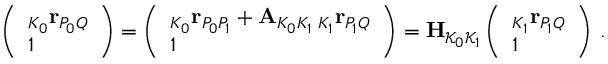
\left( \begin{array} { l } { _ { K _ { 0 } } \mathbf r _ { P _ { 0 } Q } } \\ { 1 } \end{array} \right) = \left( \begin{array} { l } { _ { K _ { 0 } } \mathbf r _ { P _ { 0 } P _ { 1 } } + \mathbf A _ { K _ { 0 } K _ { 1 } } \, _ { K _ { 1 } } \mathbf r _ { P _ { 1 } Q } } \\ { 1 } \end{array} \right) = \mathbf H _ { \mathcal { K } _ { 0 } \mathcal { K } _ { 1 } } \left( \begin{array} { l } { _ { K _ { 1 } } \mathbf r _ { P _ { 1 } Q } } \\ { 1 } \end{array} \right) \, .